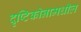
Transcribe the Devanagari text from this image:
दृष्टिकोनामधील